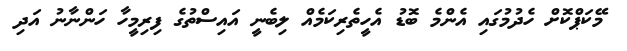
މޭކަޕްކޮށް ހެދުމުގައި އެންމެ ބޮޑު އެހީތެރިކަމެއް ލިބެނީ އައިސްތުގެ ފިރިމީހާ ހަންނާނު އަދި